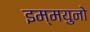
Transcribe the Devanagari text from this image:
इम्मयुनो